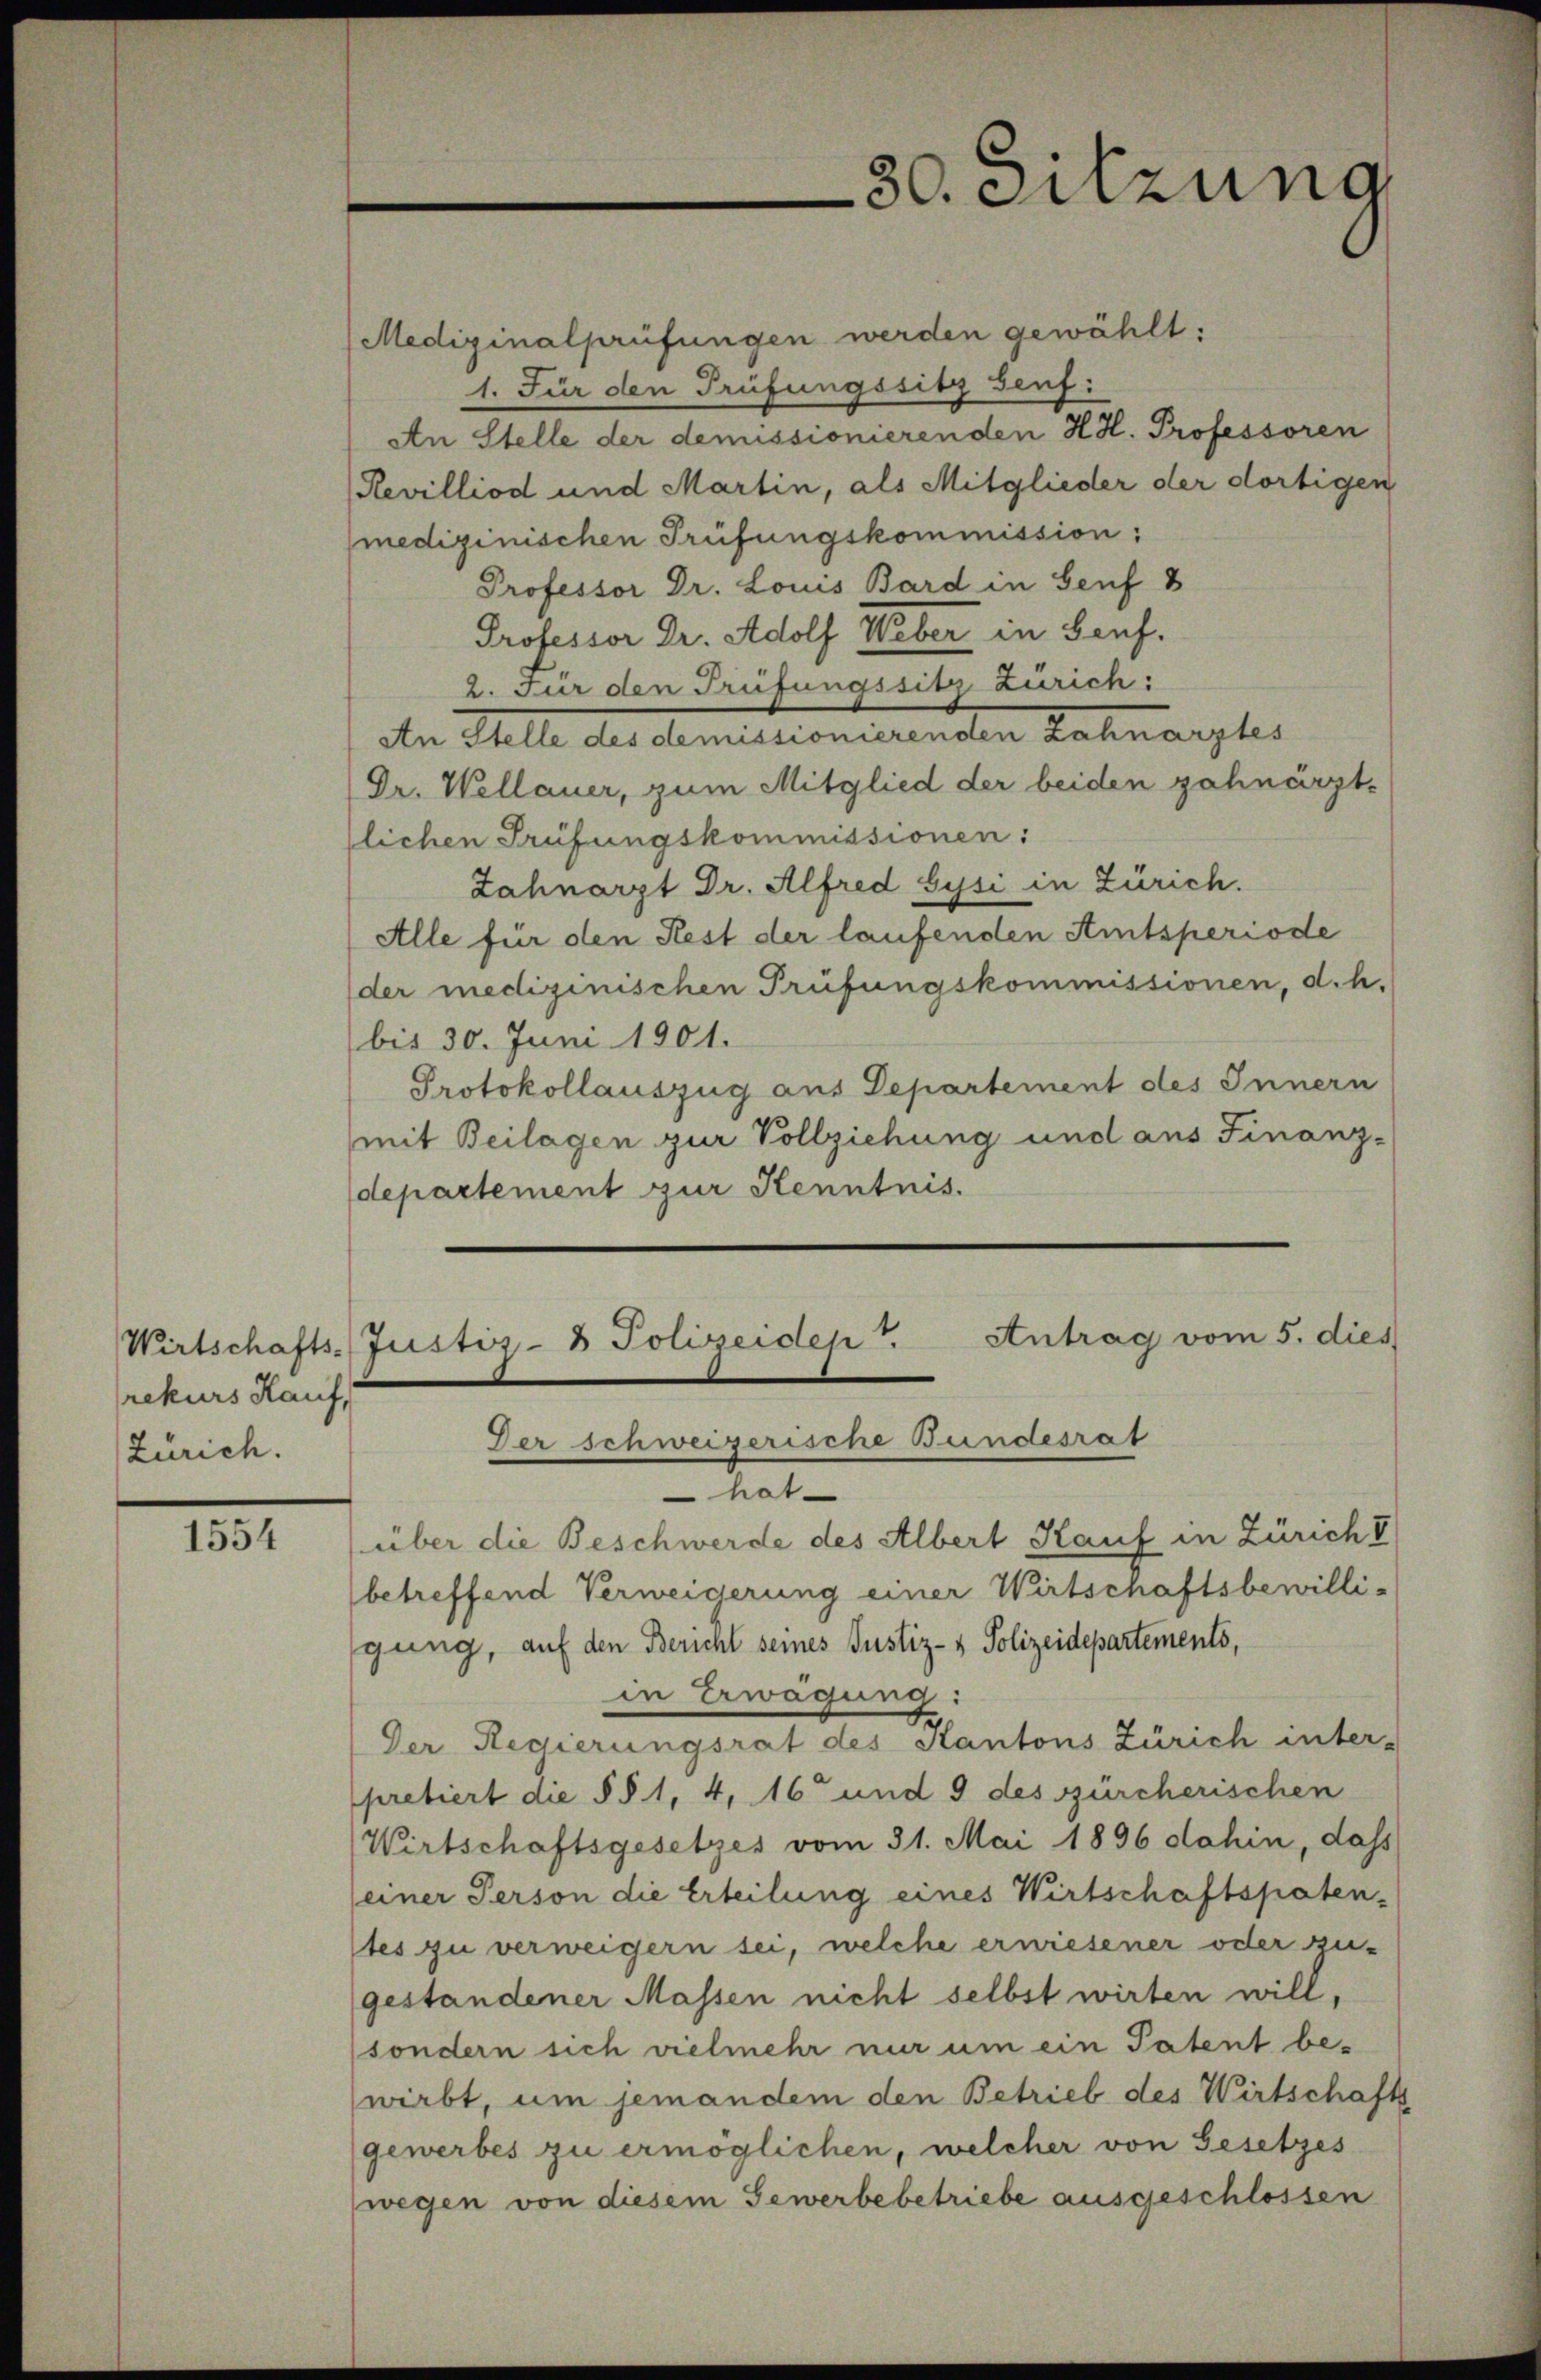
rekurs Kauf,
Zürich.

1554

Medizinalprüfungen werden gewählt:
1. Für den Prüfungssitz Genf:
An Stelle der demissionierenden HH. Professoren
Revilliod und Martin, als Mitglieder der dortigen
medizinischen Prüfungskommission;
Professor Dr. Louis Bard in Genf 8
Professor Dr. Adolf Weber in Bauf.
2. Für den Trifungssitz Zürich:
An Stelle des demissionierenden Zahnarztes
Dr. Wellauer, zum Mitglied der beiden gahnärztlichen Prüfungskommissionen:
Zahnarzt Dr. Alfred Gysi in Zürich.
Alle für den Rest der laufenden Amtsperiode
der medizinischen Prüfungskommissionen, d.h.
bis 30. Juni 1901.
Protokollauszug aus Departement des Innern
mit Beilagen zur Vollziehung und aus Finanz-
departement zur Kenntnis.
Wirtschafts-Justiz- & Polizeiden Antrag vom 5. dies
Der schweizerische Bundesrat
hat
über die Beschwerde des Albert Kauf in Zürich V
betreffend Verweigerung einer Wirtschaftsbewilli-
gung, auf den Bericht seines Justiz- & Polizeidepartements,
in Erwägung:
Der Regierungsrat des Kantons Zürich inter-
pretiert die § § 1, 4, 16 und 9 des zürcherischen
Wirtschaftsgesetzes vom 31. Mai 1896 dahin, dass
(einer Person die Erteilung eines Wirtschaftspaten-
tes zu verweigern sei, welche erwiesener oder zu-
gestandener Massen nicht selbst wirten will,
sondern sich vielmehr nur um ein Patent bewirbt, um jemandem den Betrieb des Wirtschafts
gewerbes zu ermöglichen, welcher von Gesetzes
(wegen von diesem Gewerbebetriebe ausgeschlossen

30. Sitzung